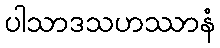
ပါသာဒသဟဿာနံ